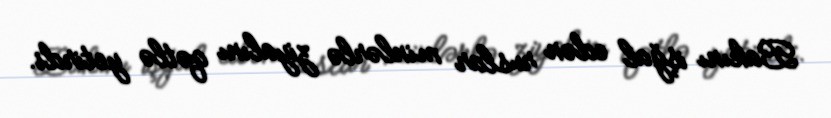
Bakını işğal edən ruslar minlərlə ziyalını qətlə yetirdi.